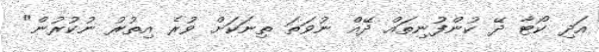
އަދި ކޯޓާ ދޭ ކުންފުނިތައް ދޭއް ނުވަތަ ތިނަކަށް ވުރެ އިތުރު ނުކުރުން"